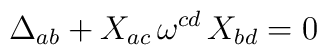
\Delta_{ab}+X_{ac}\,\omega^{cd}\,X_{bd}=0